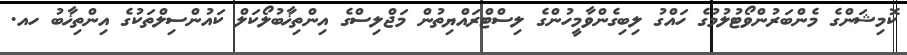
ކޮމިޝަންގެ މެންބަރުންވޯޓުލުމުގެ ހައްގު ލިބިގެންވާމީހުންގެ ލިސްޓްރައްޔިތުން މަޖްލިސްގެ އިންތިޚާބުލޯކަލް ކައުންސިލްތަކުގެ އިންތިޚާބު ހއ.